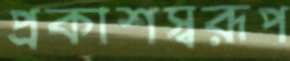
প্রকাশস্বরূপ